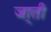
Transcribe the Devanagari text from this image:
जा्ती